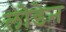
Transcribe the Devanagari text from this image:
लोडेन